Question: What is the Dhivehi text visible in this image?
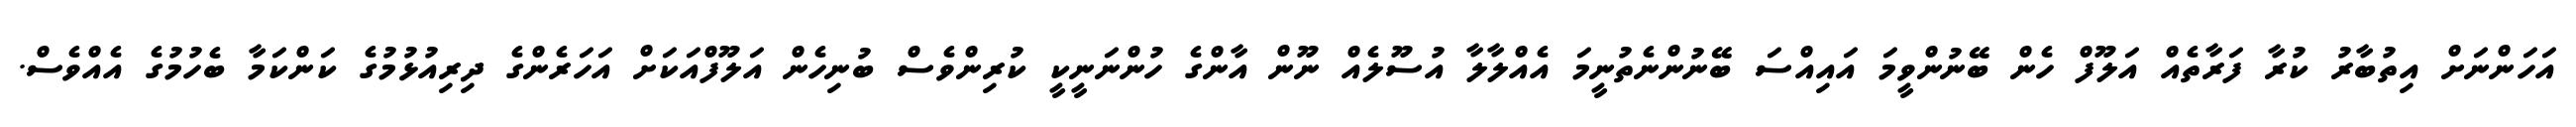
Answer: އަހަންނަށް އިތުބާރު ކުރާ ފަރާތެއް އަލޫފް ހެން ބޭނުންވީމަ އައިއްސަ ބޭނުންނެތުނީމަ އެއްލާލާ އުސޫލެއް ނޫން އާންގެ ހުންނަނީކީ ކުރިންވެސް ބުނިހެން އަލޫފްއަކަށް އަހަރެންގެ ދިރިއުޅުމުގެ ކަންކަމާ ބެހުމުގެ އެއްވެސް.